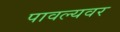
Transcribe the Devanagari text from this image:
पावल्यवर